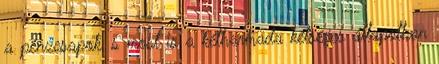
a pénzcsapok, s most is a kétharmada kétséges állapotban